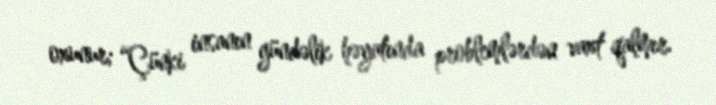
oxunur; “Çünki insanın gündəlik həyatında problemlərdən vaxt qalmır.